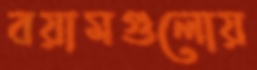
বয়ামগুলোয়